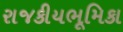
રાજકીયભૂમિકા